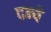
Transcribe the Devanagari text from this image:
दन्ये